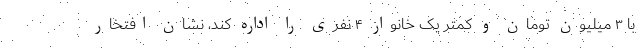
با ۳ میلیون تومان و کمتر یک خانوار ۴ نفری را اداره کند، نشان افتخار